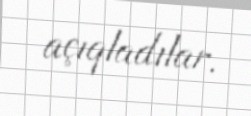
açıqladılar.